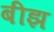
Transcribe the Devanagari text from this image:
बीझ